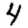
Digit: 4